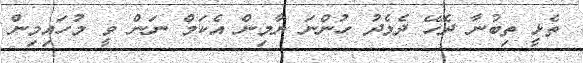
ތެޅީ ތިބުނާ ދެހޭ ދެމެދު ހުންނަ ޔާމިން އެކަމް ނަން ވީ މުހައިމިން